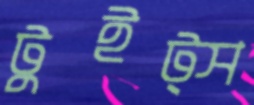
টুইট্স